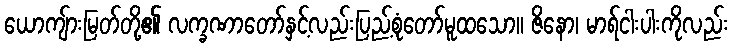
ယောကျ်ားမြတ်တို့၏ လက္ခဏာတော်နှင့်လည်းပြည့်စုံတော်မူထသော။ ဇိနော၊ မာရ်ငါးပါးကိုလည်း